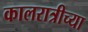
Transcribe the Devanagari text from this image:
कालरात्रीच्या